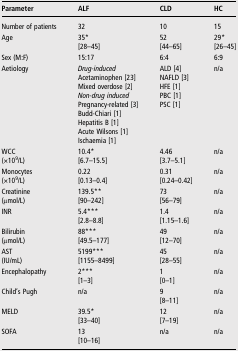
<table><thead><tr><td><b>Parameter</b></td><td><b>ALF</b></td><td><b>CLD</b></td><td><b>HC</b></td></tr></thead><tbody><tr><td>Number of patients</td><td>32</td><td>10</td><td>15</td></tr><tr><td>Age</td><td>35*[28–45]</td><td>52[44–65]</td><td>29*[26–45]</td></tr><tr><td>Sex (M:F)</td><td>15:17</td><td>6:4</td><td>6:9</td></tr><tr><td>Aetiology</td><td><i>Drug-induced</i>Acetaminophen [23]Mixed overdose [2]<i>Non-drug induced</i>Pregnancy-related [3]Budd-Chiari [1]Hepatitis B [1]Acute Wilsons [1]Ischaemia [1]</td><td>ALD [4]NAFLD [3]HFE [1]PBC [1]PSC [1]</td><td>n/a</td></tr><tr><td>WCC(×10<sup>9</sup>/L)</td><td>10.4*[6.7–15.5]</td><td>4.46[3.7–5.1]</td><td>n/a</td></tr><tr><td>Monocytes(×10<sup>9</sup>/L)</td><td>0.22[0.13–0.4]</td><td>0.31[0.24–0.42]</td><td>n/a</td></tr><tr><td>Creatinine(μmol/L)</td><td>139.5**[90–242]</td><td>73[56–79]</td><td>n/a</td></tr><tr><td>INR</td><td>5.4***[2.8–8.8]</td><td>1.4[1.15–1.6]</td><td>n/a</td></tr><tr><td>Bilirubin(μmol/L)</td><td>88***[49.5–177]</td><td>49[12–70]</td><td>n/a</td></tr><tr><td>AST(IU/mL)</td><td>5199***[1155–8499]</td><td>45[28–55]</td><td>n/a</td></tr><tr><td>Encephalopathy</td><td>2***[1–3]</td><td>1[0–1]</td><td>n/a</td></tr><tr><td>Child&#x27;s Pugh</td><td>n/a</td><td>9[8–11]</td><td>n/a</td></tr><tr><td>MELD</td><td>39.5*[33–40]</td><td>12[7–19]</td><td>n/a</td></tr><tr><td>SOFA</td><td>13[10–16]</td><td>n/a</td><td>n/a</td></tr></tbody></table>